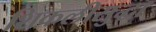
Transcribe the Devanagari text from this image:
शिकलीसुद्धा